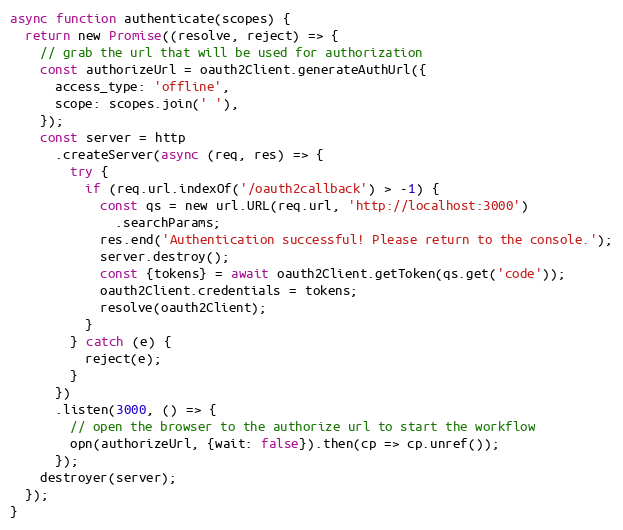
Language: JavaScript
async function authenticate(scopes) {
  return new Promise((resolve, reject) => {
    // grab the url that will be used for authorization
    const authorizeUrl = oauth2Client.generateAuthUrl({
      access_type: 'offline',
      scope: scopes.join(' '),
    });
    const server = http
      .createServer(async (req, res) => {
        try {
          if (req.url.indexOf('/oauth2callback') > -1) {
            const qs = new url.URL(req.url, 'http://localhost:3000')
              .searchParams;
            res.end('Authentication successful! Please return to the console.');
            server.destroy();
            const {tokens} = await oauth2Client.getToken(qs.get('code'));
            oauth2Client.credentials = tokens;
            resolve(oauth2Client);
          }
        } catch (e) {
          reject(e);
        }
      })
      .listen(3000, () => {
        // open the browser to the authorize url to start the workflow
        opn(authorizeUrl, {wait: false}).then(cp => cp.unref());
      });
    destroyer(server);
  });
}